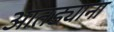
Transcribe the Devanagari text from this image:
आतड्याना